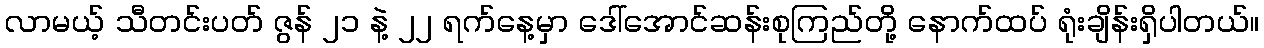
လာမယ့် သီတင်းပတ် ဇွန် ၂၁ နဲ့ ၂၂ ရက်နေ့မှာ ဒေါ်အောင်ဆန်းစုကြည်တို့ နောက်ထပ် ရုံးချိန်းရှိပါတယ်။